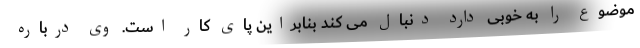
موضوع را به خوبی دارد دنبال می کند بنابراین پای کار است. وی درباره